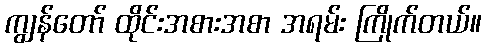
ကျွန်တော် ထိုင်းအစားအစာ အရမ်း ကြိုက်တယ်။